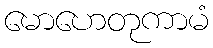
မောဟေတုကာမံ